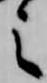
之